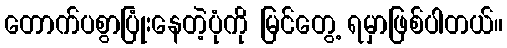
တောက်ပစွာပြုံးနေတဲ့ပုံကို မြင်တွေ့ ရမှာဖြစ်ပါတယ်။